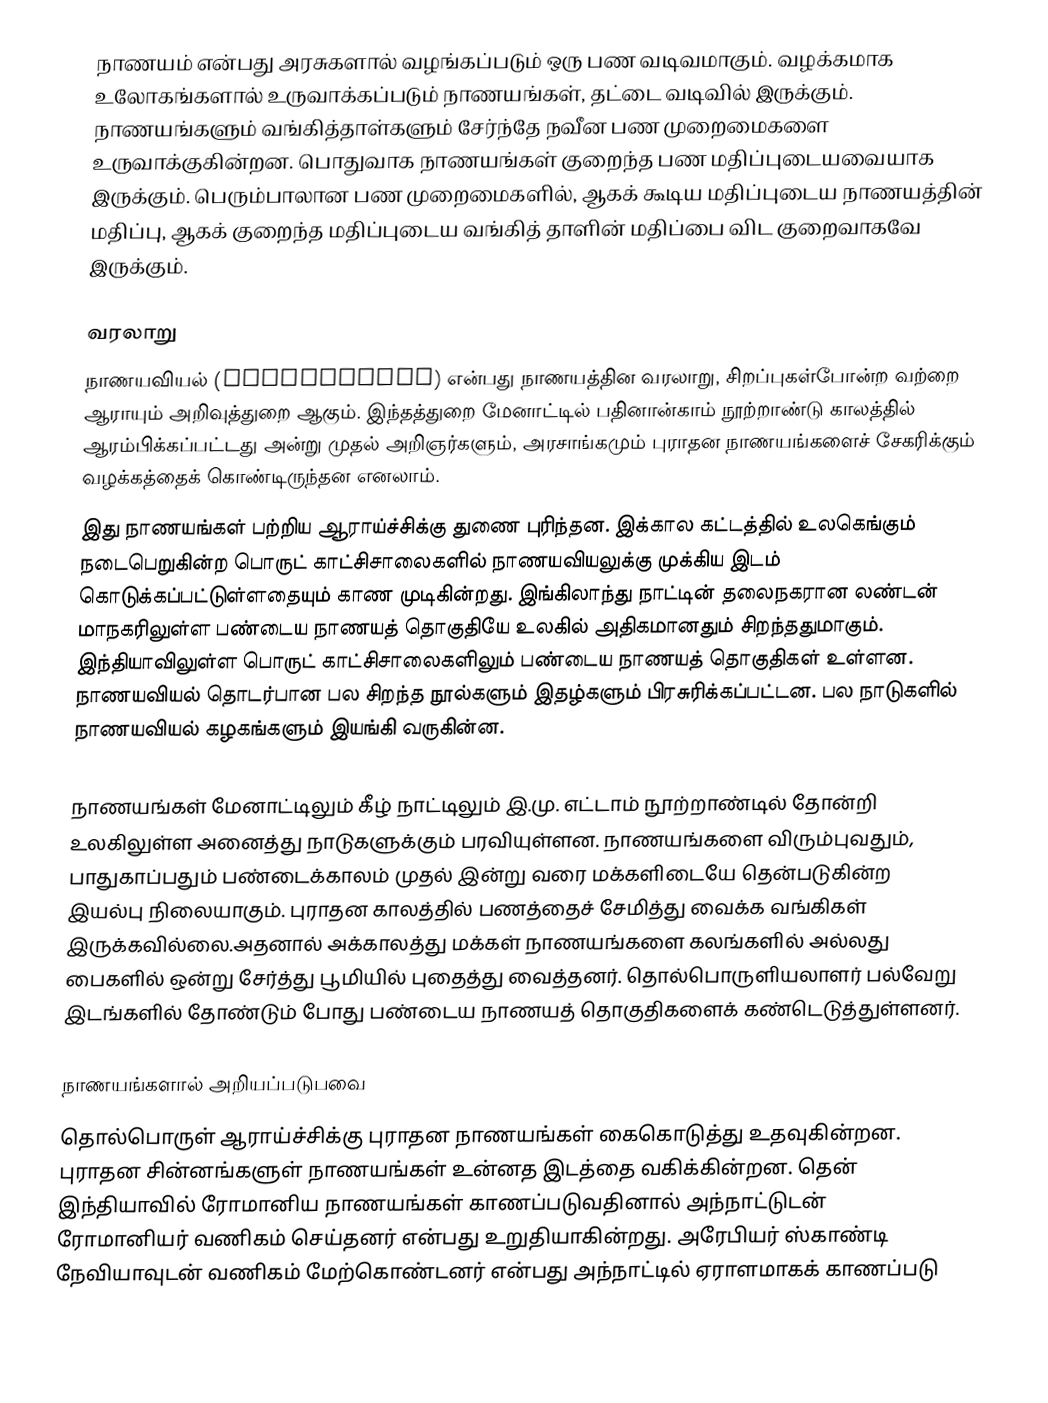
நாணயம் என்பது அரசுகளால் வழங்கப்படும் ஒரு பண வடிவமாகும். வழக்கமாக உலோகங்களால் உருவாக்கப்படும் நாணயங்கள், தட்டை வடிவில் இருக்கும். நாணயங்களும் வங்கித்தாள்களும் சேர்ந்தே நவீன பண முறைமைகளை உருவாக்குகின்றன. பொதுவாக நாணயங்கள் குறைந்த பண மதிப்புடையவையாக இருக்கும். பெரும்பாலான பண முறைமைகளில், ஆகக் கூடிய மதிப்புடைய நாணயத்தின் மதிப்பு, ஆகக் குறைந்த மதிப்புடைய வங்கித் தாளின் மதிப்பை விட குறைவாகவே இருக்கும்.

வரலாறு
நாணயவியல் (Numismatics)  என்பது நாணயத்தின வரலாறு, சிறப்புகள்போன்ற வற்றை ஆராயும் அறிவுத்துறை ஆகும். இந்தத்துறை மேனாட்டில் பதினான்காம் நூற்றாண்டு காலத்தில் ஆரம்பிக்கப்பட்டது அன்று முதல் அறிஞர்களும், அரசாங்கமும் புராதன நாணயங்களைச் சேகரிக்கும் வழக்கத்தைக் கொண்டிருந்தன எனலாம்.
இது நாணயங்கள் பற்றிய ஆராய்ச்சிக்கு துணை புரிந்தன. இக்கால கட்டத்தில் உலகெங்கும் நடைபெறுகின்ற பொருட் காட்சிசாலைகளில் நாணயவியலுக்கு முக்கிய இடம் கொடுக்கப்பட்டுள்ளதையும் காண முடிகின்றது. இங்கிலாந்து நாட்டின் தலைநகரான லண்டன் மாநகரிலுள்ள பண்டைய நாணயத் தொகுதியே உலகில் அதிகமானதும் சிறந்ததுமாகும். இந்தியாவிலுள்ள பொருட் காட்சிசாலைகளிலும் பண்டைய நாணயத் தொகுதிகள் உள்ளன. நாணயவியல் தொடர்பான பல சிறந்த நூல்களும் இதழ்களும் பிரசுரிக்கப்பட்டன. பல நாடுகளில் நாணயவியல் கழகங்களும் இயங்கி வருகின்ன.

நாணயங்கள் மேனாட்டிலும் கீழ் நாட்டிலும் இ.மு. எட்டாம் நூற்றாண்டில் தோன்றி உலகிலுள்ள அனைத்து நாடுகளுக்கும் பரவியுள்ளன. நாணயங்களை விரும்புவதும், பாதுகாப்பதும் பண்டைக்காலம் முதல் இன்று வரை மக்களிடையே தென்படுகின்ற இயல்பு நிலையாகும். புராதன காலத்தில் பணத்தைச் சேமித்து வைக்க வங்கிகள் இருக்கவில்லை.அதனால் அக்காலத்து மக்கள் நாணயங்களை கலங்களில் அல்லது பைகளில் ஒன்று சேர்த்து பூமியில் புதைத்து வைத்தனர். தொல்பொருளியலாளர் பல்வேறு இடங்களில் தோண்டும் போது பண்டைய நாணயத் தொகுதிகளைக் கண்டெடுத்துள்ளனர்.

நாணயங்களால் அறியப்படுபவை
தொல்பொருள் ஆராய்ச்சிக்கு புராதன நாணயங்கள் கைகொடுத்து உதவுகின்றன.  புராதன சின்னங்களுள் நாணயங்கள் உன்னத இடத்தை வகிக்கின்றன. தென் இந்தியாவில் ரோமானிய நாணயங்கள் காணப்படுவதினால் அந்நாட்டுடன் ரோமானியர் வணிகம் செய்தனர் என்பது உறுதியாகின்றது. அரேபியர் ஸ்காண்டி நேவியாவுடன் வணிகம் மேற்கொண்டனர் என்பது அந்நாட்டில் ஏராளமாகக் காணப்படு